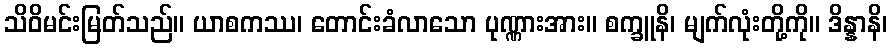
သိဝိမင်းမြတ်သည်။ ယာစကဿ၊ တောင်းခံလာသော ပုဏ္ဏားအား။ စက္ခူနိ၊ မျက်လုံးတို့ကို။ ဒိန္နာနိ၊